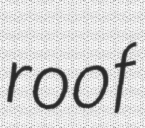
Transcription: roof